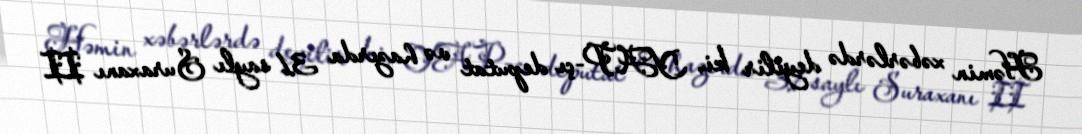
Həmin xəbərlərdə deyilir ki, YAP-çı deputat və hazırda 31 saylı Suraxanı II